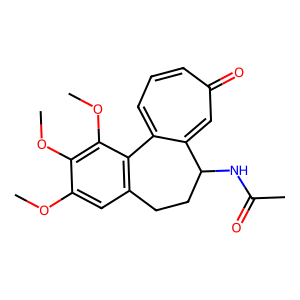
SMILES: COc1cc2c(c(OC)c1OC)-c1cccc(=O)cc1C(NC(C)=O)CC2
Inhibits HIV replication: No